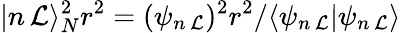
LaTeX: |n\, \mathcal{L}\rangle_{N}^{2}r^{2}=(\psi_{n\, \mathcal{L}})^{2}r^{2}/\langle\psi_{n\, \mathcal{L}}|\psi_{n\, \mathcal{L}}\rangle